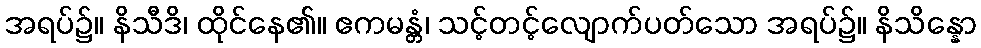
အရပ်၌။ နိသီဒိ၊ ထိုင်နေ၏။ ဧကမန္တံ၊ သင့်တင့်လျောက်ပတ်သော အရပ်၌။ နိသိန္နော